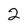
Character: 2